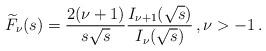
LaTeX: \begin{align*} \widetilde{F} _{\nu} (s) = \frac{2 (\nu + 1)}{s\sqrt{s}} \frac{I_{\nu + 1} (\sqrt{s})}{I_{\nu} (\sqrt{s})} \, , \nu > - 1 \, . \end{align*}